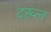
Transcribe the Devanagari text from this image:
दख़्ल